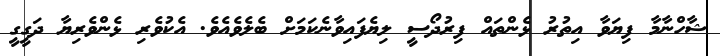
ޝާހްނާމާ ފިޔަވާ އިތުރު ޅެންތައް ފިރުދޯސީ ލިޔެފައިވާނެކަމަށް ބެލެވެއެވެ. އެކުވެރި ޅެންވެރިޔާ ދަގީގީ